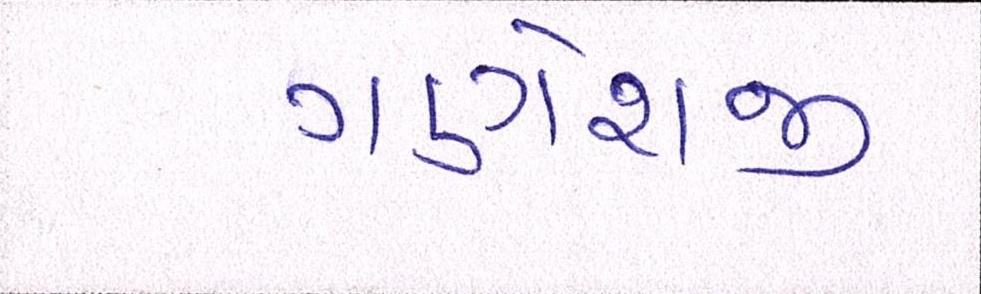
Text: ગણેશજી